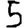
Digit: 5